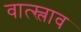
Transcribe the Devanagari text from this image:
वात्स्लाव